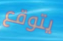
يتوقع